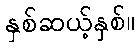
နှစ်ဆယ့်နှစ်။